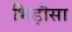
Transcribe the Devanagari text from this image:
भिड़ौसा